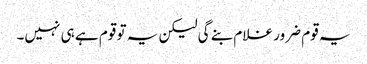
یہ قوم ضرور غلام بنے گی لیکن یہ تو قوم ہے ہی نہیں۔